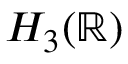
H _ { 3 } ( \mathbb { R } )